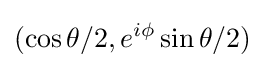
(\cos \theta /2,e^{i\phi }\sin \theta /2)